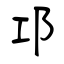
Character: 邛